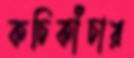
কচিকাঁচার